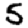
Digit: 5